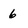
Character: 6